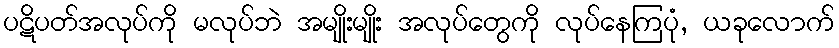
ပဋိပတ်အလုပ်ကို မလုပ်ဘဲ အမျိုးမျိုး အလုပ်တွေကို လုပ်နေကြပုံ, ယခုလောက်